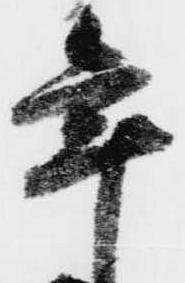
年